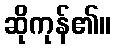
ဆိုကုန်၏။